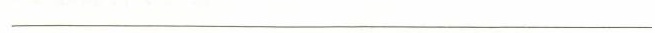
一一一一一一一一一一一一一一一一一